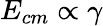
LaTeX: E_{cm}\propto\gamma